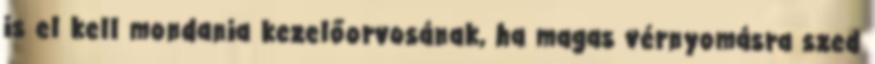
is el kell mondania kezelőorvosának, ha magas vérnyomásra szed